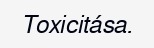
Toxicitása.